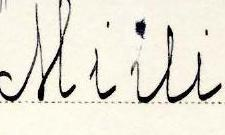
Miili